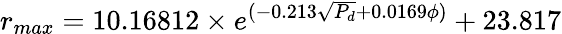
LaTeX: r_{max}=10.16812\times e^{(-0.213\sqrt{P_{d}}+0.0169\phi)}+23.817